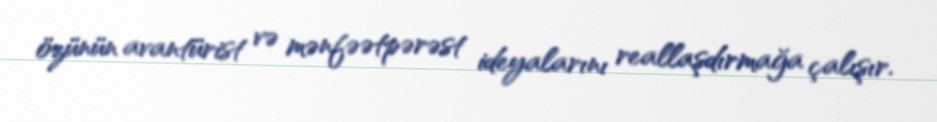
özünün avantürist və mənfəətpərəst ideyalarını reallaşdırmağa çalışır.